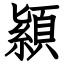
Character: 顈